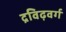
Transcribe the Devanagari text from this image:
द्रविढ़वर्ग